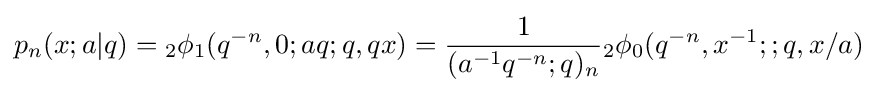
\displaystyle p_{n}(x;a|q)={}_{2}\phi _{1}(q^{-n},0;aq;q,qx)={\frac {1}{(a^{-1}q^{-n};q)_{n}}}{}_{2}\phi _{0}(q^{-n},x^{-1};;q,x/a)